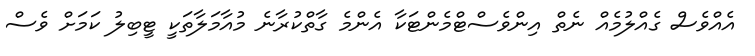
އެއްވެސް ގެއްލުމެއް ނެތް އިންވެސްޓްމެންޓަކާ އެންމެ ގާތްކުރާނެ މުއާމަލާތަކީ ޓީބިލު ކަމަށް ވެސް